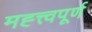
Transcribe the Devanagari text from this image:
मह्त्त्वपूर्ण